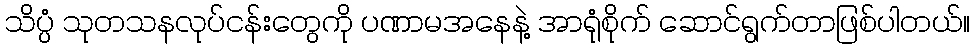
သိပ္ပံ သုတသနလုပ်ငန်းတွေကို ပဏာမအနေနဲ့ အာရုံစိုက် ဆောင်ရွက်တာဖြစ်ပါတယ်။